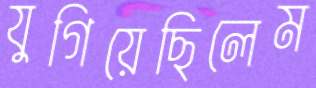
যুগিয়েছিলেম